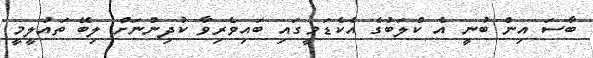
ބާސަ އިން ބުނީ އެ ކްލަބުގެ އެކެޑަމީގައި ބައިވެރިވާ ކުދިންނަށް ލިބޭ ތައުލީމީ